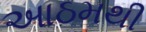
આઠમથી